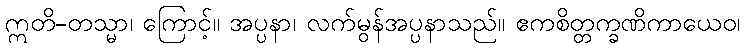
ဣတိ-တသ္မာ၊ ကြောင့်။ အပ္ပနာ၊ လက်မွန်အပ္ပနာသည်။ ဧကစိတ္တက္ခဏိကာယေဝ၊